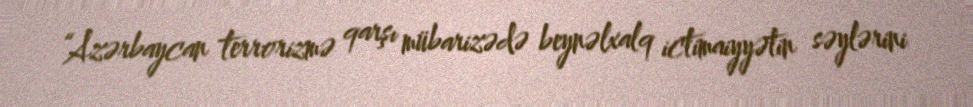
“Azərbaycan terrorizmə qarşı mübarizədə beynəlxalq ictimaiyyətin səylərini